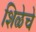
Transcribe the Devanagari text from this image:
शिळेचे